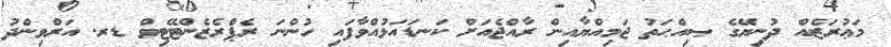
މަޢުރަޒެއް ދުނިޔޭގެ ޞިއްޙަތު ޖަމިއްޔާއިން ރާއްޖެއަށް ކަނޑައަޅުއްވާފައި ހުންނަ ރެޕްރެޒެންޓޭޓިވް ޑރ. އަރްވިންދު